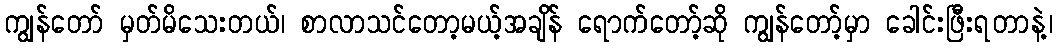
ကျွန်တော် မှတ်မိသေးတယ်၊ စာလာသင်တော့မယ့်အချိန် ရောက်တော့်ဆို ကျွန်တော့်မှာ ခေါင်းဖြီးရတာနဲ့၊